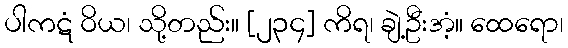
ပါကဋံ ဝိယ၊ သို့တည်း။ [၂၃၄] ကိရ၊ ချဲ့ဦးအံ့။ ထေရော၊